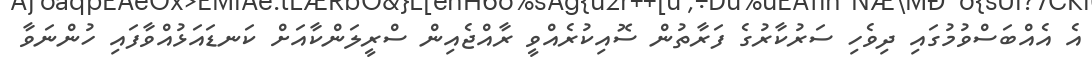
އެ އެއްބަސްވުމުގައި ދިވެހި ސަރުކާރުގެ ފަރާތުން ސޮއިކުރެއްވީ ރާއްޖެއިން ސްރީލަންކާއަށް ކަނޑައަޅުއްވާފައި ހުންނަވާ